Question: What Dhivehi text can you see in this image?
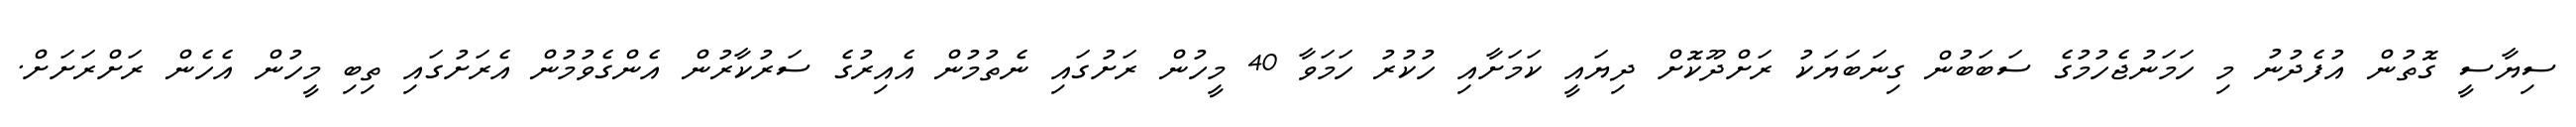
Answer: ސިޔާސީ ގޮތުން އުފެދުނު މި ހަމަނުޖެހުމުގެ ސަބަބުން ގިނަބަޔަކު ރަށްދޫކޮށް ދިޔައީ ކަމަށާއި ހުކުރު ހަމަވާ 40 މީހުން ރަށުގައި ނެތުމުން އެއިރުގެ ސަރުކާރުން އެންގެވުމުން އެރަށުގައި ތިބި މީހުން އެހެން ރަށްރަށަށް.